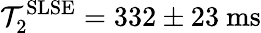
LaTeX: \mathcal{T}_{\mathrm{{2}}}^{\mathrm{{SLSE}}}=332\pm23~\mathrm{{ms}}